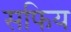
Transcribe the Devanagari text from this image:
सफिय